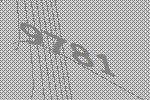
9781